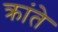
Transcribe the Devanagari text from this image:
क्रांते